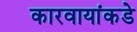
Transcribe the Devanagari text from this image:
कारवायांकडे